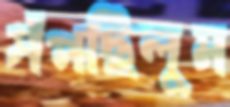
সঁপছিলুম